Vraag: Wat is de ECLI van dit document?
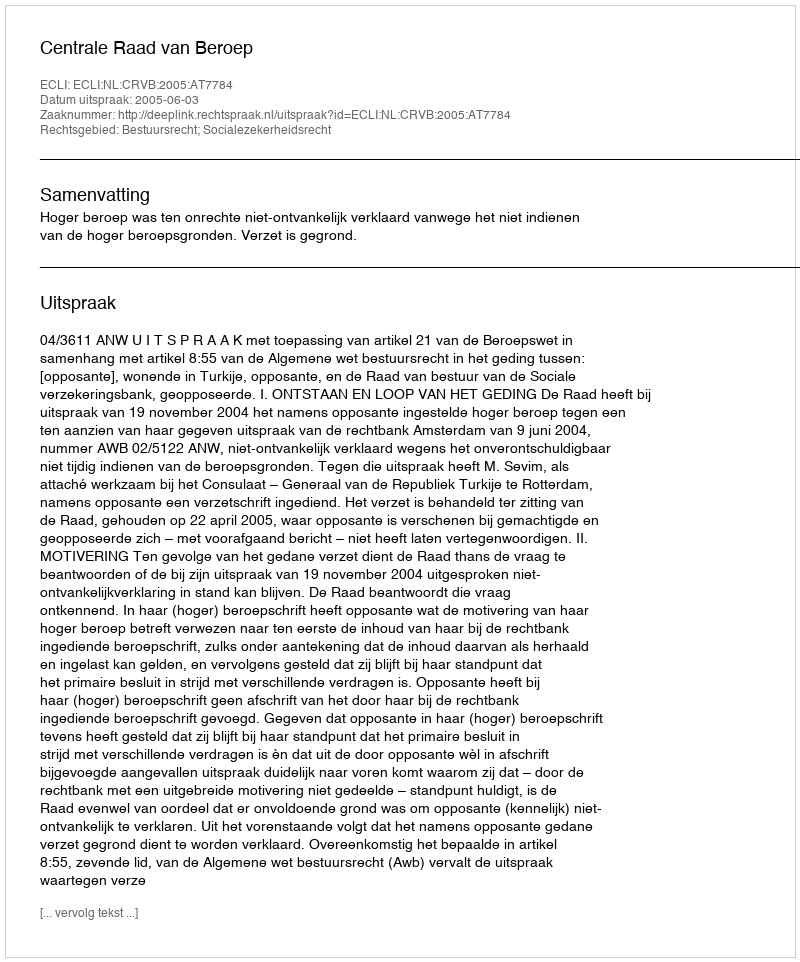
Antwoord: ECLI:NL:CRVB:2005:AT7784